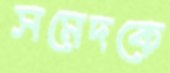
সমেদকে